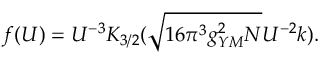
f ( U ) = U ^ { - 3 } K _ { 3 / 2 } ( \sqrt { 1 6 \pi ^ { 3 } g _ { Y M } ^ { 2 } N } U ^ { - 2 } k ) .